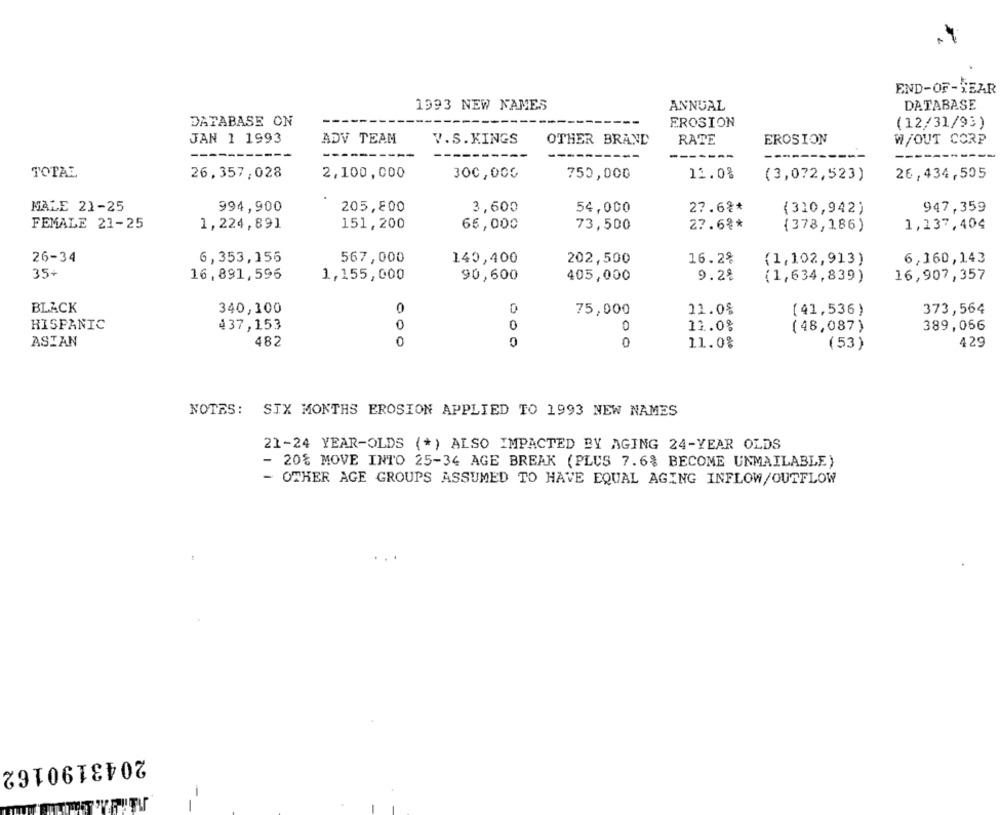
END-OF-YEAR
1993 NEW NAMES
DATABASE
ANNUAL
EROSION
DATABASE ON
(12/31/93)
JAN 1 1993
ADV TEAM
V.S.KINGS
OTHER BRAND
RATE
EROSION
W/OUT CORP
---
---
TOTAL
26,357,028
2,100,000
300,000
750,000
11.0%
(3,072,523)
26,434,505
MALE 21-25
994,900
205,800
3,600
54,000
27.6%*
(310,942)
947,359
FEMALE 21-25
1,224,891
151,200
65,000
73,500
27.6%*
{378,186)
1,237,404
26-34
6,353,156
567,000
140,400
202,500
16.2%
(1,102,913)
6,160,143
35+
16,891,596
1,155,000
90,600
405,000
9.28
16,907,357
(1,634,839)
BLACK
340,100
0
0
75,000
11.0%
373,564
(41,536)
HISPANIC
437,153
0
0
12.0%
389,066
0
(48,087)
ASIAN
482
0
429
0
11.0%
(53)
NOTES: SIX MONTHS EROSION APPLIED TO 1993 NEW NAMES
21-24 YEAR-OLDS (*) ALSO IMPACTED BY AGING 24-YEAR OLDS
- 20% MOVE INTO 25-34 AGE BREAK (PLUS 7.6% BECOME UNMAILABLE)
- OTHER AGE GROUPS ASSUMED TO HAVE EQUAL AGING INFLOW/OUTFLOW
2043190162